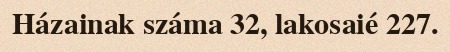
Házainak száma 32, lakosaié 227.